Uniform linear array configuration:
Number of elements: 16
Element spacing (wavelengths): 0.5
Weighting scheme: kaiser
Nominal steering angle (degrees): -60
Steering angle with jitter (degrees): -61.308
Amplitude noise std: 0.05
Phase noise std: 0.05

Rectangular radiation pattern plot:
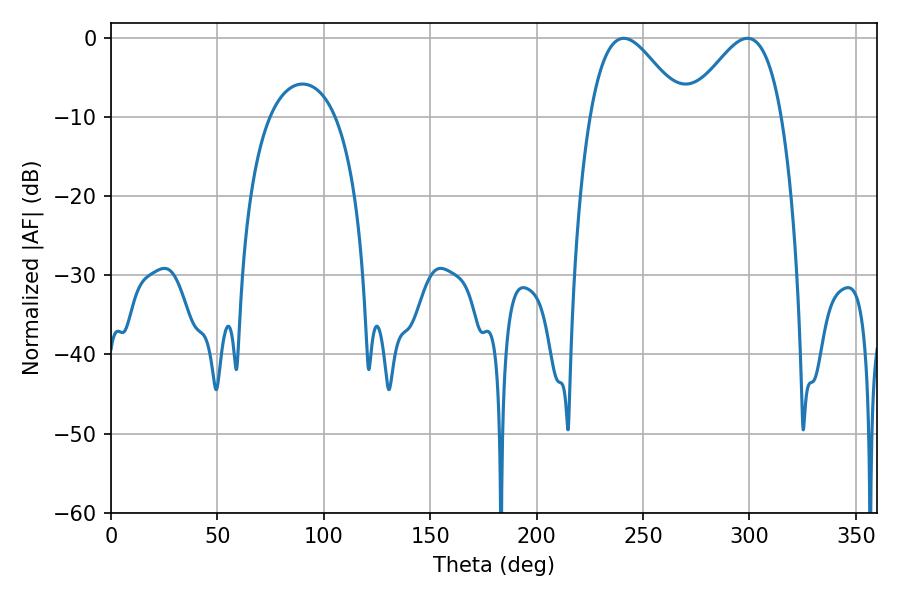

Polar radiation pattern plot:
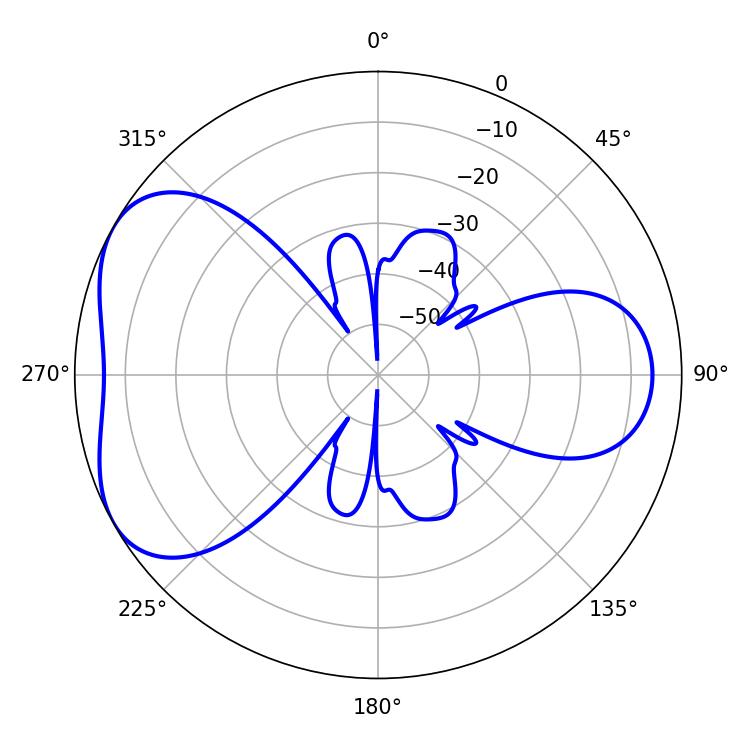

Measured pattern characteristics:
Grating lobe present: FALSE
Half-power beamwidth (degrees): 23.58
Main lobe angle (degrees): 240.84